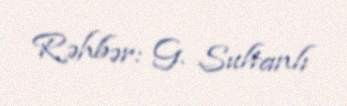
Rəhbər: G. Sultanlı